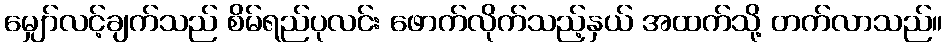
မျှော်လင့်ချက်သည် စိမ်ရည်ပုလင်း ဖောက်လိုက်သည့်နှယ် အထက်သို့ တက်လာသည်။